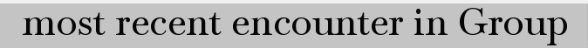
most recent encounter in Group